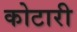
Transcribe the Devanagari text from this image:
कोटारी